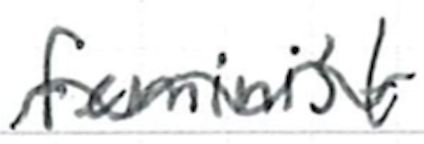
Text: feminist
Cross-out: wave
Writing tool: ballpoint